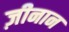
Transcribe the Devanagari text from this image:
ज़ीनान